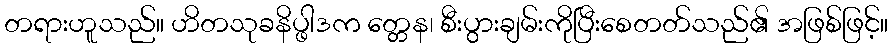
တရားဟူသည်။ ဟိတသုခနိပ္ဖါဒက တ္တေန၊ စီးပွားချမ်းကိုပြီးစေတတ်သည်၏ အဖြစ်ဖြင့်။